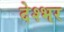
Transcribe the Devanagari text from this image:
देश्भर